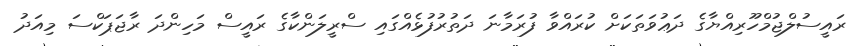
ރައީސުލްޖުމްހޫރިއްޔާގެ ދަޢުވަތަކަށް ކުރައްވާ ފުރަމާނަ ދަތުރުފުޅެއްގައި ސްރީލަންކާގެ ރައީސް މަހިންދަ ރާޖަޕަކްސަ މިއަދު